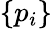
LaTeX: \left\{ p_{i}\right\}